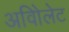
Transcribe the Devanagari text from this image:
अविोलेट